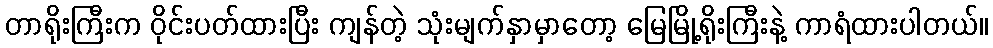
တာရိုးကြီးက ဝိုင်းပတ်ထားပြီး ကျန်တဲ့ သုံးမျက်နှာမှာတော့ မြေမြို့ရိုးကြီးနဲ့ ကာရံထားပါတယ်။